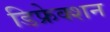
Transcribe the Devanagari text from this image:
डिफ्रेक्शन